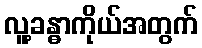
လူ့ခန္ဓာကိုယ်အတွက်